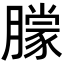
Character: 𬂓